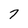
Character: 7